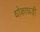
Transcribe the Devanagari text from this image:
धोकाधड़ी